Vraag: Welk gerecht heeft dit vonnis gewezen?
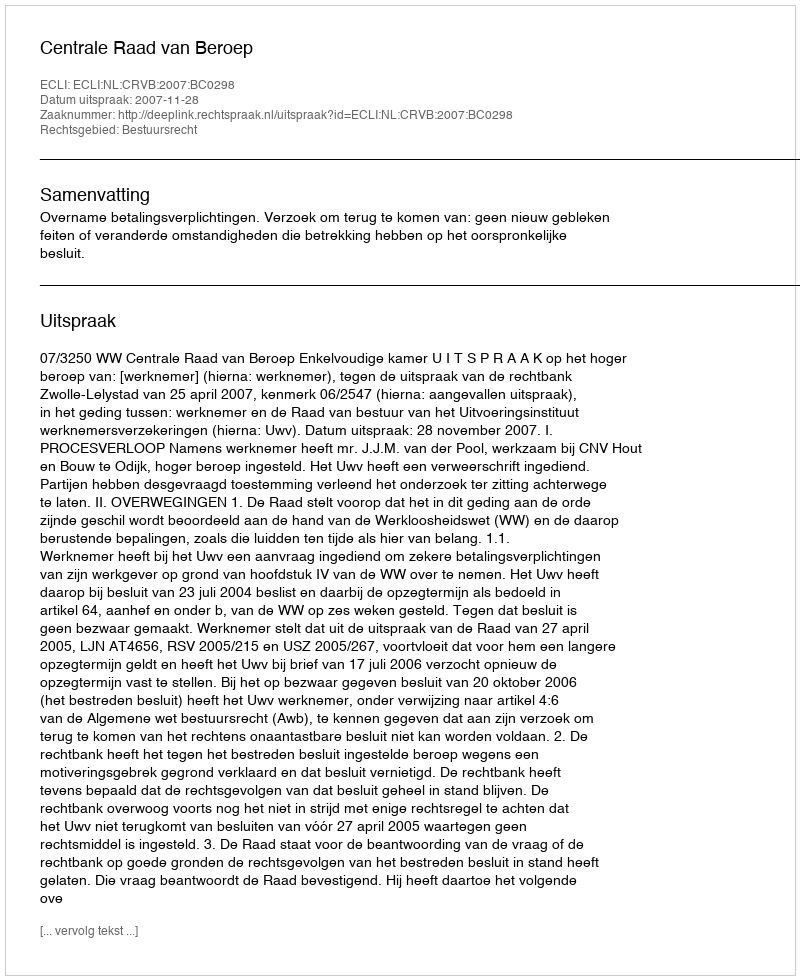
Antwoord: Centrale Raad van Beroep